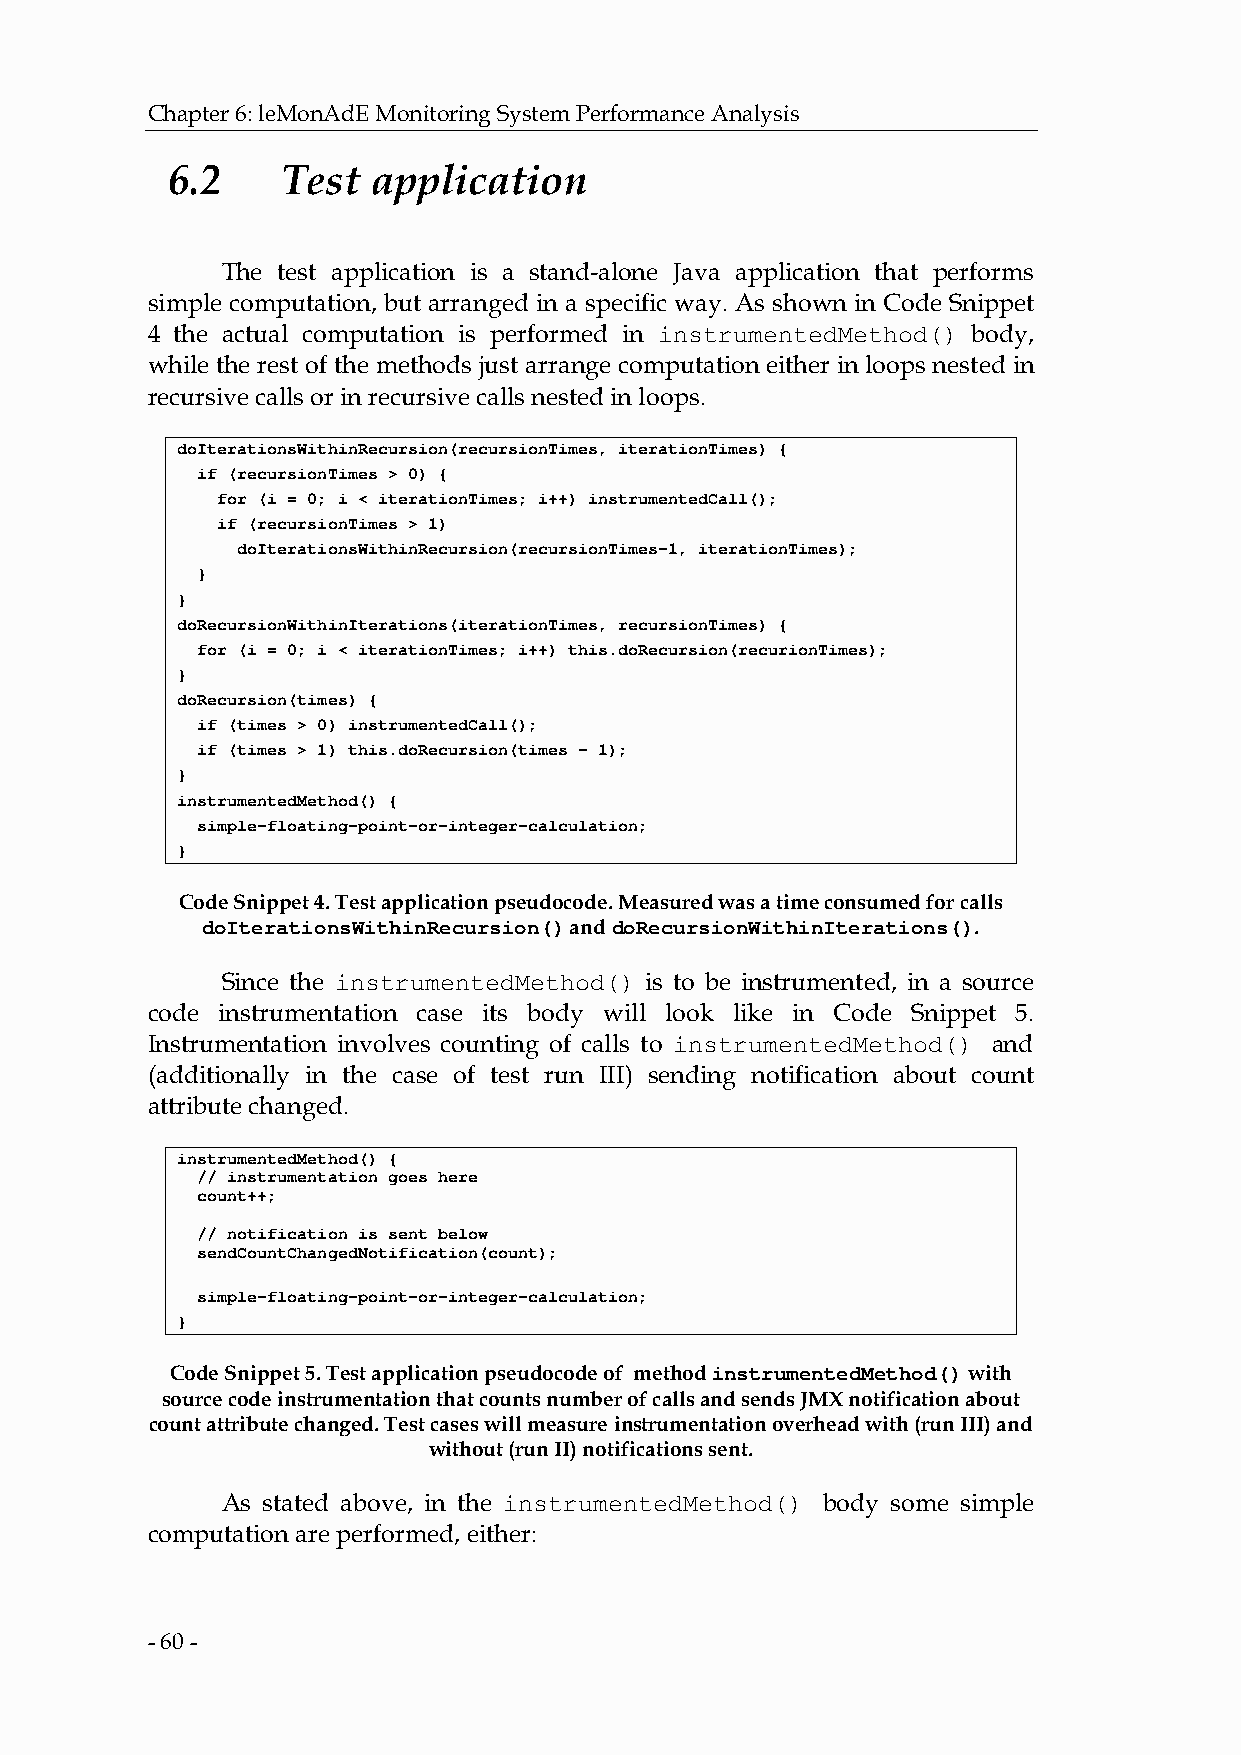
Chapter 6: leMonAdE Monitoring System Performance Analysis
 6.2     Test  application
 The test application is a stand-alone Java application that performs
 simple computation, but arranged in a specific way. As shown in Code Snippet
 4 the actual computation is performed in instrumentedMethod() body,
 while the rest of the methods just arrange computation either in loops nested in
 recursive calls or in recursive calls nested in loops.
 doIterationsWithinRecursion(recursionTimes, iterationTimes) {
 if (recursionTimes > 0) {
 for (i = 0; i < iterationTimes; i++) instrumentedCall();
 if (recursionTimes > 1)
 doIterationsWithinRecursion(recursionTimes-1, iterationTimes);
 }
 }
 doRecursionWithinIterations(iterationTimes, recursionTimes) {
 for (i = 0; i < iterationTimes; i++) this.doRecursion(recurionTimes);
 }
 doRecursion(times) {
 if (times > 0) instrumentedCall();
 if (times > 1) this.doRecursion(times - 1);
 }
 instrumentedMethod() {
 simple-floating-point-or-integer-calculation;
 }
 Code Snippet 4. Test application pseudocode. Measured was a time consumed for calls
 doIterationsWithinRecursion() and doRecursionWithinIterations().
 Since the instrumentedMethod() is to be instrumented, in a source
 code instrumentation case its body will look like in Code Snippet 5.
 Instrumentation involves counting of calls to instrumentedMethod() and
 (additionally in the case of test run III) sending notification about count
 attribute changed.
 instrumentedMethod() {
 // instrumentation goes here
 count++;
 // notification is sent below
 sendCountChangedNotification(count);
 simple-floating-point-or-integer-calculation;
 }
 Code Snippet 5. Test application pseudocode of method instrumentedMethod() with
 source code instrumentation that counts number of calls and sends JMX notification about
 count attribute changed. Test cases will measure instrumentation overhead with (run III) and
 without (run II) notifications sent.
 As stated above, in the instrumentedMethod() body some simple
 computation are performed, either:
 - 60 -